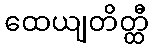
ထေယျတိတ္ထီ